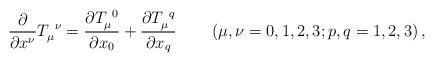
LaTeX: \begin{align*}\frac{\partial}{\partial x^{\nu}}T_{\mu}^{\ \nu}=\frac{\partial T_{\mu}^{\ 0}}{\partial x_{0}}+\frac{\partial T_{\mu}^{\ q}}{\partial x_{q}}\qquad\left(\mu,\nu=0,1,2,3;p,q=1,2,3\right) , \end{align*}